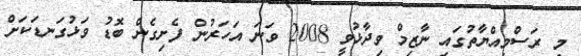
މި ރަސްމިއްޔާތުގައި ނާޒިމް ވިދާޅުވީ 2008 ވަނަ އަހަރުން ފެށިގެން ބޮޑު ވަޅުގަނޑަކަށް